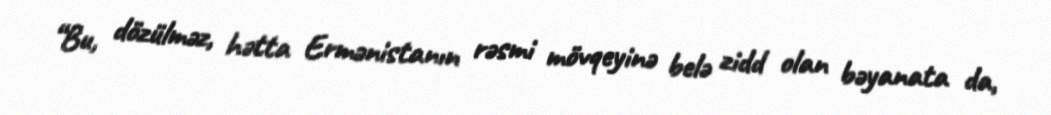
“Bu, dözülməz, hətta Ermənistanın rəsmi mövqeyinə belə zidd olan bəyanata da,